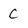
Character: C